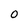
Character: O